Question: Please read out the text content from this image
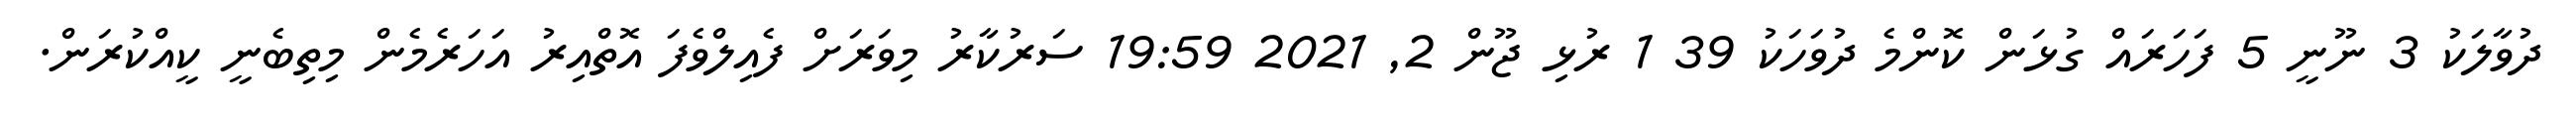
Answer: ދުވާލަކު 3 ނޫނީ 5 ފަހަރައް ގުޅަން ކޮންމެ ދުވަހަކު 39 1 ރުޅި ޖޫން 2, 2021 19:59 ސަރުކާރު މިވަރަށް ފެއިލްވެފަ އޮތްއިރު އަހަރެމެން މިތިބެނީ ކީއްކުރަން.